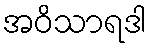
အဝိသာရဒါ